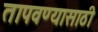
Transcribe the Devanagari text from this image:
तापवण्यासाठी